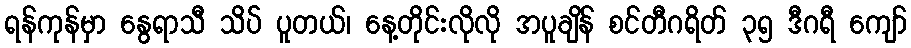
ရန်ကုန်မှာ နွေရာသီ သိပ် ပူတယ်၊ နေ့တိုင်းလိုလို အပူချိန် စင်တီဂရိတ် ၃၅ ဒီဂရီ ကျော်